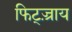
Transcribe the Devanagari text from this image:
फिट्ज़्राय